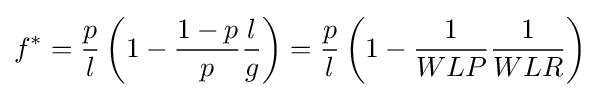
f^{*}={\frac {p}{l}}\left(1-{\frac {1-p}{p}}{\frac {l}{g}}\right)={\frac {p}{l}}\left(1-{\frac {1}{WLP}}{\frac {1}{WLR}}\right)